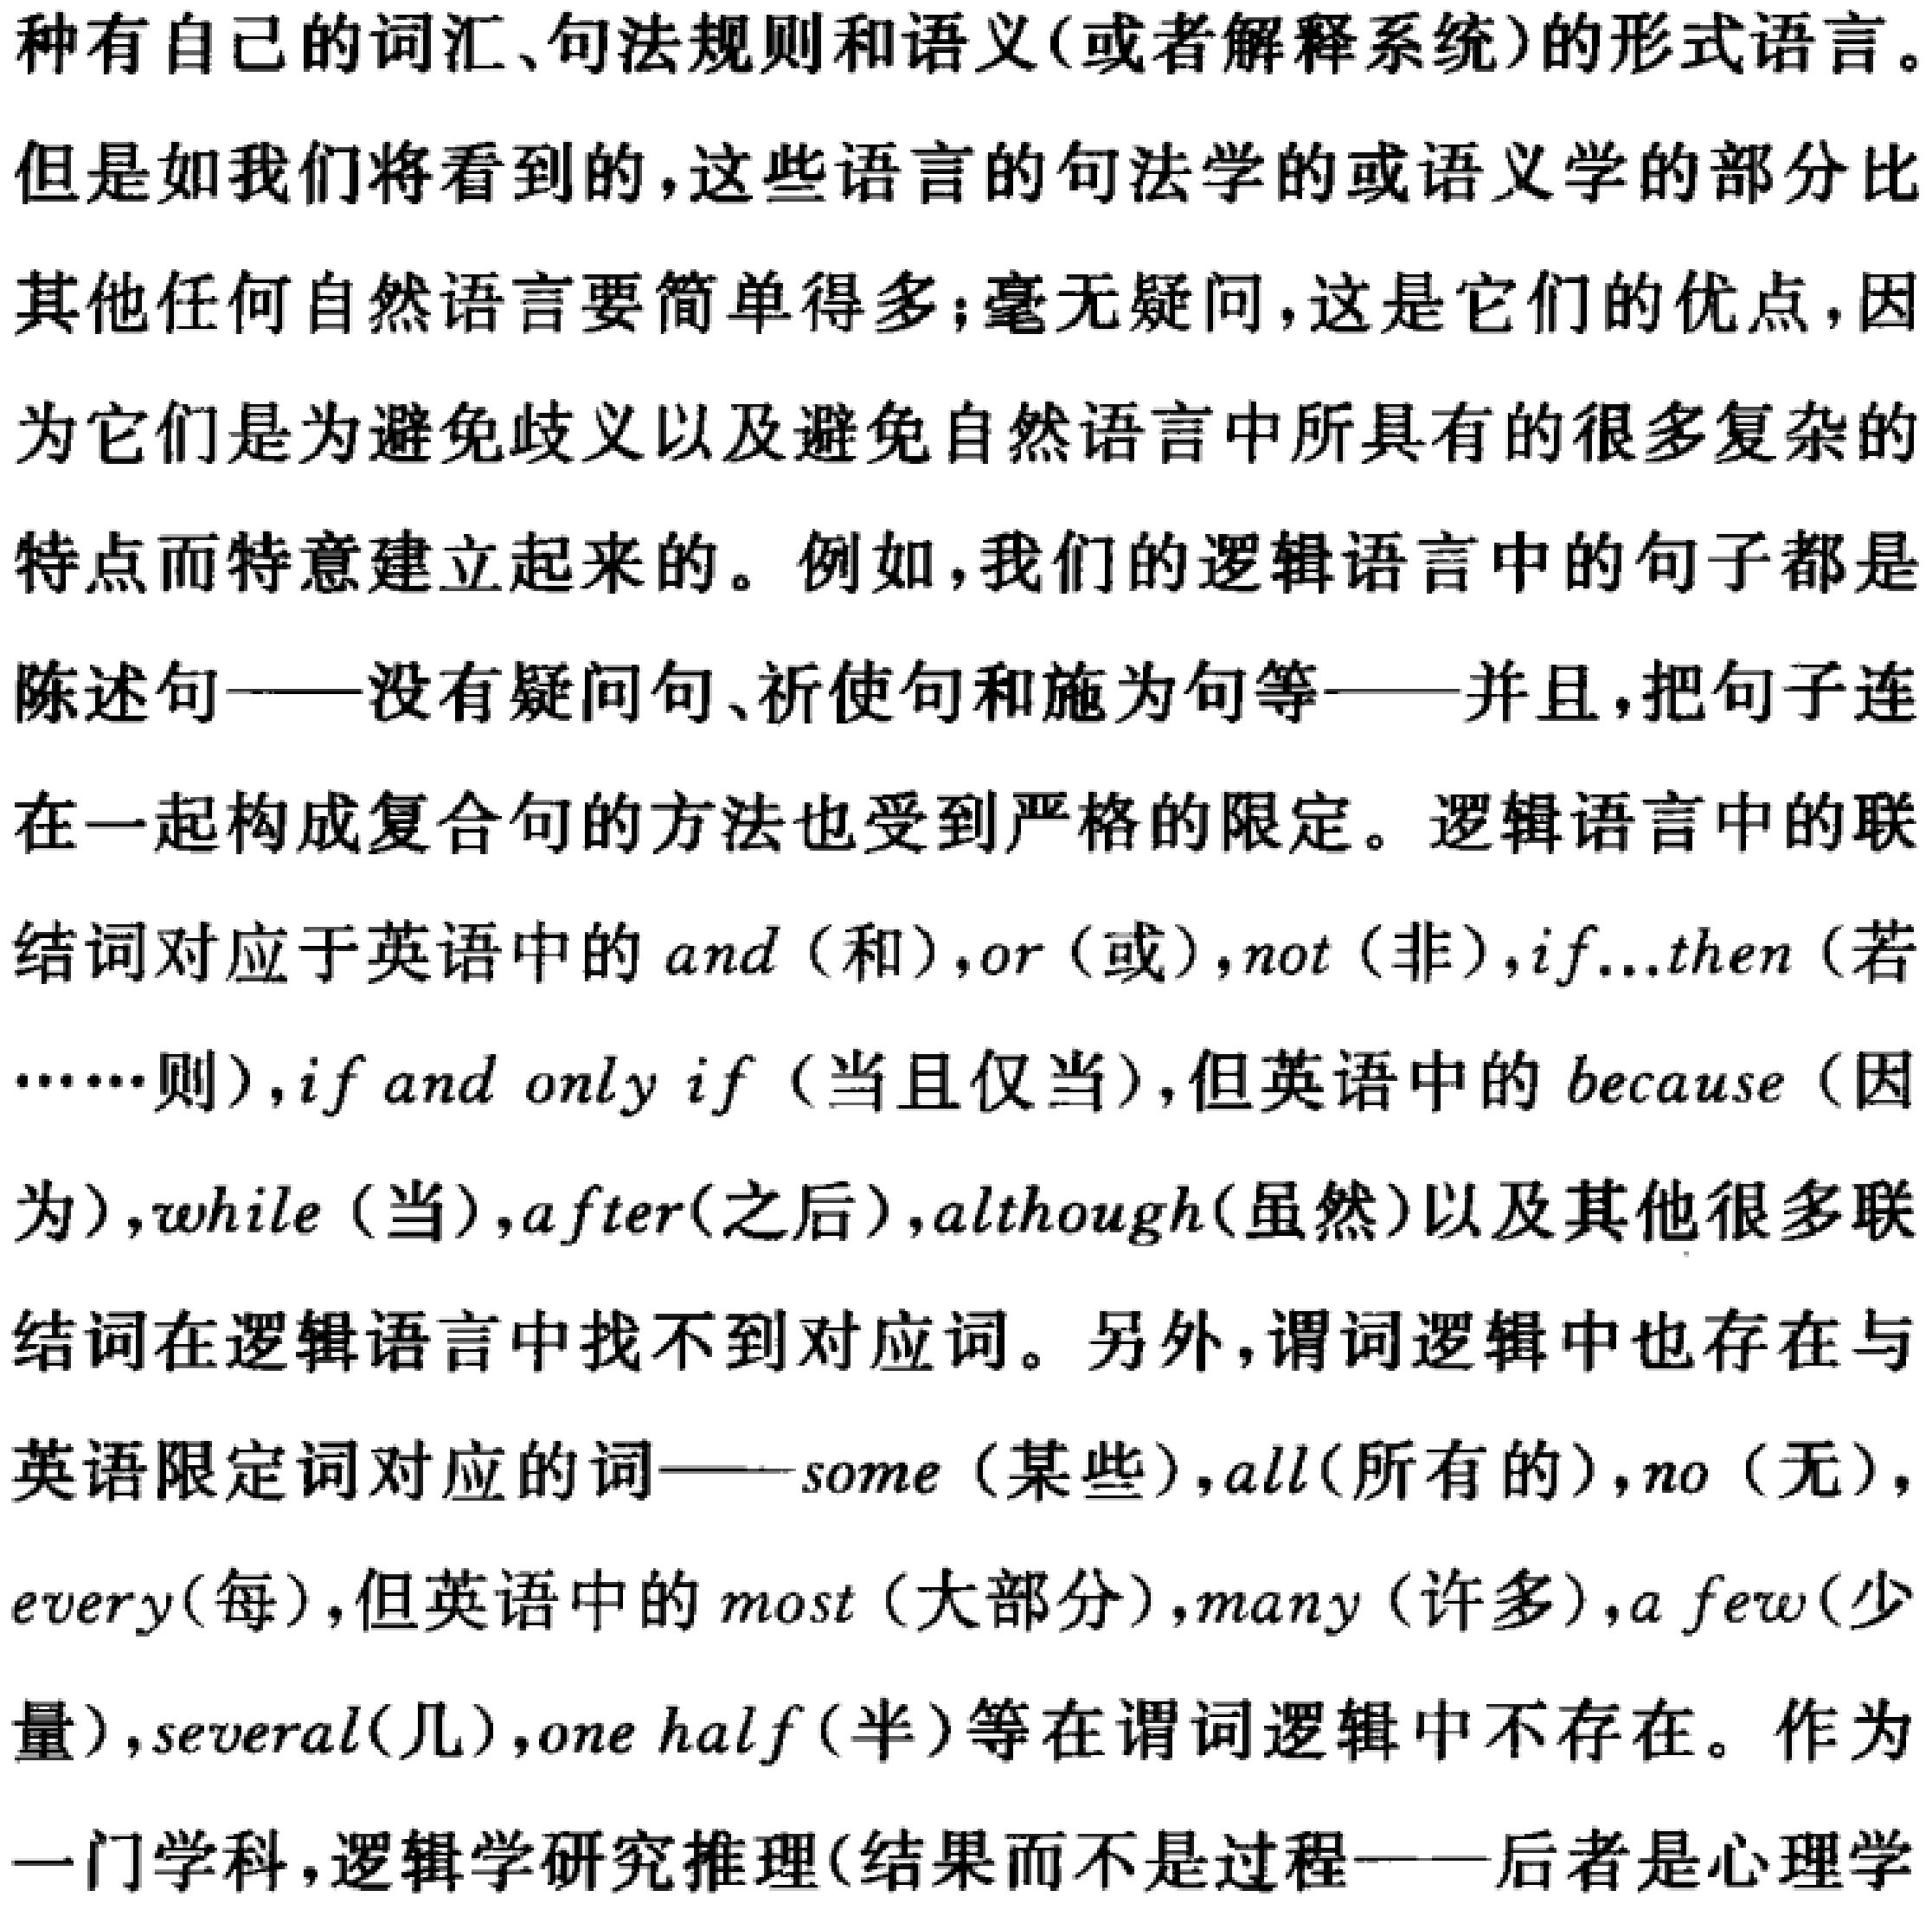
种有自己的词汇、句法规则和语义(或者解释系统)的形式语言。
但是如我们将看到的，这些语言的句法学的或语义学的部分比
其他任何自然语言要简单得多；毫无疑问，这是它们的优点，因
为它们是为避免歧义以及避免自然语言中所具有的很多复杂的
特点而特意建立起来的。例如，我们的逻辑语言中的句子都是
陈述句——没有疑问句、祈使句和施为句等——并且，把句子连
在一起构成复合句的方法也受到严格的限定。逻辑语言中的联
结词对应于英语中的 and (和)，or (或)，not (非)，if...then (若
……则)，if and only if (当且仅当)，但英语中的 because (因
为)，while (当)，after(之后)，although(虽然)以及其他很多联
结词在逻辑语言中找不到对应词。另外，谓词逻辑中也存在与
英语限定词对应的词——some (某些)，all(所有的)，no (无)，
every(每)，但英语中的 most (大部分)，many (许多)，a few(少
量)，several(几)，one half(半)等在谓词逻辑中不存在。作为
一门学科，逻辑学研究推理(结果而不是过程——后者是心理学